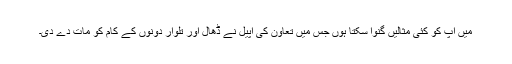
میں آپ کو کئی مثالیں گنوا سکتا ہوں جس میں تعاون کی اپیل نے ڈھال اور تلوار دونوں کے کام کو مات دے دی۔